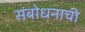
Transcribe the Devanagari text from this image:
संबोधनाची